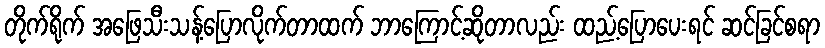
တိုက်ရိုက် အဖြေသီးသန့်ပြောလိုက်တာထက် ဘာကြောင့်ဆိုတာလည်း ထည့်ပြောပေးရင် ဆင်ခြင်စရာ